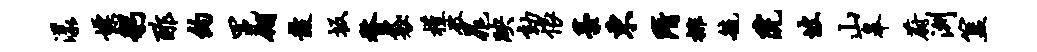
漾嫖躬酢约冕翎鼓坂瞀袋槿破晁映劾恨藁东隋排毓院坡山皋蔚洲簋